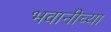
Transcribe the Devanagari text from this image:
भवानीच्या